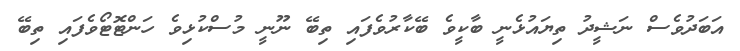
އަބަދުވެސް ނަޝީދު ތިޔައުޅެނީ ބާކީވެ ބޭކާރުވެފައި ތިބޭ ނޫނީ މުސްކުޅިވެ ހަންޓޮޓޯވެފައި ތިބޭ